Tezpur Lunatic Asylum reports 1895-1904 - 1895-1904
Year: 1895
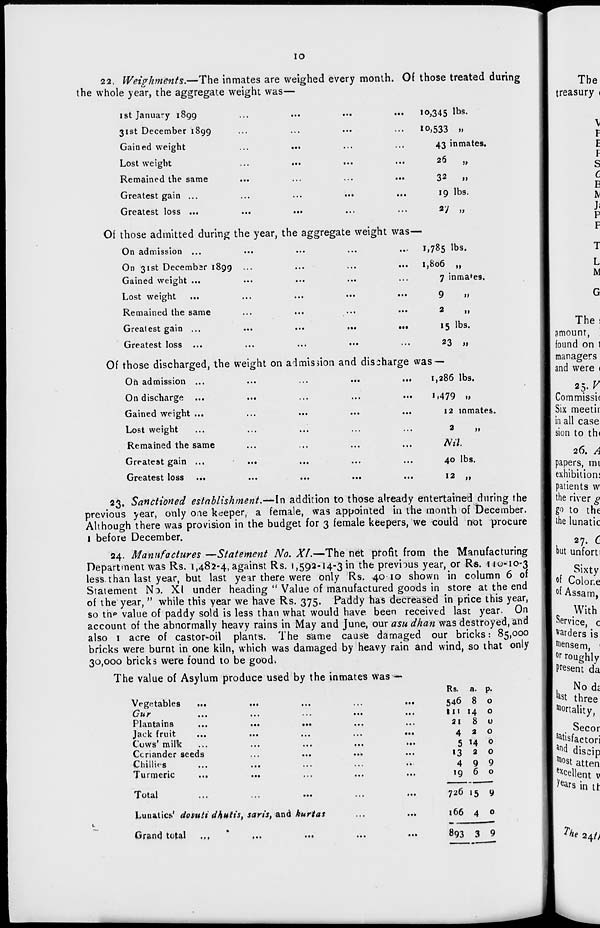
10
22. Weighments.—The inmates are weighed every month. Of those treated during
the whole year, the aggregate weight was—
ist January 1899
...
...
...
...
31st December 1899
Gained weight
Lost weight
Remained the same
Greatest gain ...
Greatest loss ...
...
...
Of those admitted during the year, the aggregate weight was—
On admission ...
...
...
...
..
On 31st Decembar 1899
Gained weight ...
Lost weight
Remained the same
...
...
...
Greatest gain ...
...
...
...
•••
Greatest loss ...
...
...
•••
10 .345 lbs.
to ,533 »»
43 inma tes.
26
»
32
11
*9 lbs.
«y ij
1,785 lbs.
1,806 „
7 inma*e9.
9
.1
15 lbs.
...
...
•••
...
23
j>
Of those discharged, the weight on admission and discharge was —
On admission ...
On discharge
Gained weight ...
Lost weight
Remained the same
Greatest gain ...
Greatest loss ...
1,286 lbs.
',479 11
12 inmates.
Nil
40 lbs.
12
,,
23. Sanctioned establishment.—In addition to those already entertained during the
previous year, only one keeper, a female, was appointed in the month of December.
Although there was provision in the budget for 3 female keepers, we could not procure
1 before December.
24. Manufactures—Statement No. XL—The net profit from the Manufacturing
Department was Rs. 1,482-4, against Rs. 1,592-14-3 in the previous year, or Rs. 11 u-10-3
less, than last year, but last year there were only Rs. 4010 shown in column 6 of
Statement No. XI under heading " Value of manufactured goods in store at the end
of the year, " while this year we have Rs. 375. Paddy has decreased in price this year,
so th*» value of paddy sold is less than what would have been received last year. On
account of the abnormally heavy rains in May and June, our asu dhan was destroyed, and
also 1 acre of castor-oil plants. The same cause damaged our bricks: 85,000
bricks were burnt in one kiln, which was damaged by heavy rain and wind, so that only
30,000 bricks were found to be good.
The value of Asylum produce used by the inmates was —
Vegetables
...
Plantains
...
...
...
jactt iiuiL
...
...
...
...
{
Cows' milk
Coriander seeds
Chillies
Turmeric
1 otal
...
...
...
...
Lunatics' dosuti dhutis, saris, and kurtas
Grand total
.,,
,..
Rs. a. p.
546 8 o
111 14 o
21 8 u
420
5 14 0
13 2 o
4 9 9
i960
726 15 9
166 4 o
893 3 9